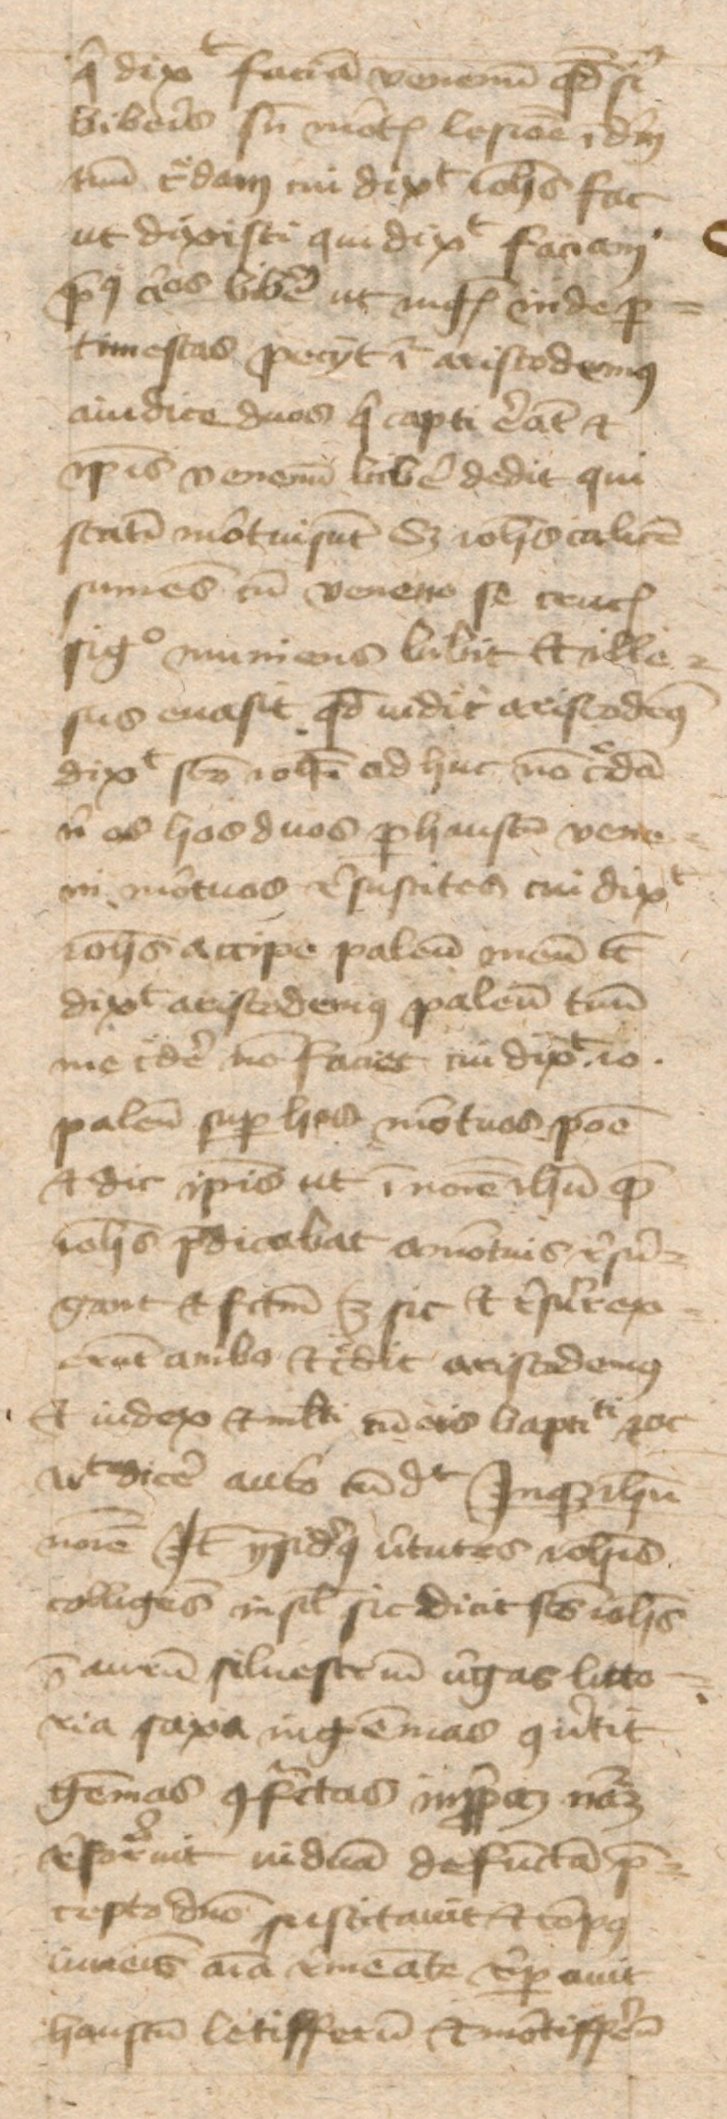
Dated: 1443–1443